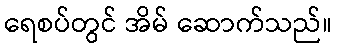
ရေစပ်တွင် အိမ် ဆောက်သည်။